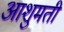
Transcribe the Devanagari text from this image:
आशुमती